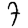
Digit: 7